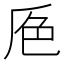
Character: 𰰕